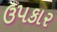
ઉ૫કાર